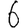
Digit: 6